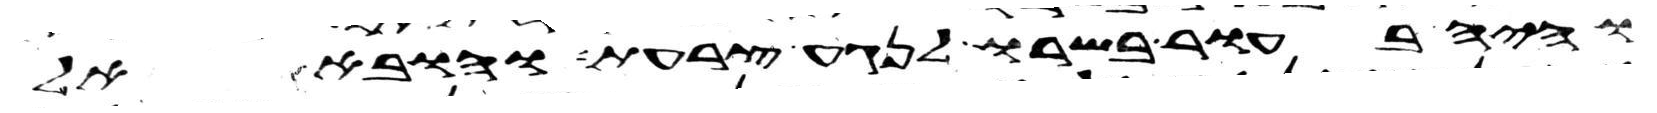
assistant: והיה בעור בשרו לנגע צרעת והובא אל